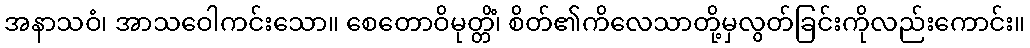
အနာသဝံ၊ အာသဝေါကင်းသော။ စေတောဝိမုတ္တိံ၊ စိတ်၏ကိလေသာတို့မှလွတ်ခြင်းကိုလည်းကောင်း။